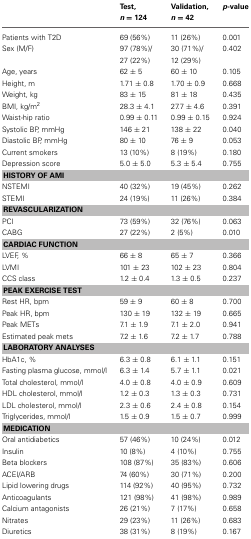
<table><thead><tr><td></td><td><b>Test, <i>n</i> = 124</b></td><td><b>Validation, <i>n</i> = 42</b></td><td><b><i>p</i>-value</b></td></tr></thead><tbody><tr><td>Patients with T2D</td><td>69 (56%)</td><td>11 (26%)</td><td>0.001</td></tr><tr><td>Sex (M/F)</td><td>97 (78%)/27 (22%)</td><td>30 (71%)/12 (29%)</td><td>0.402</td></tr><tr><td>Age, years</td><td>62 ± 5</td><td>60 ± 10</td><td>0.105</td></tr><tr><td>Height, m</td><td>1.71 ± 0.8</td><td>1.70 ± 0.9</td><td>0.668</td></tr><tr><td>Weight, kg</td><td>83 ± 15</td><td>81 ± 18</td><td>0.435</td></tr><tr><td>BMI, kg/m<sup>2</sup></td><td>28.3 ± 4.1</td><td>27.7 ± 4.6</td><td>0.391</td></tr><tr><td>Waist-hip ratio</td><td>0.99 ± 0.11</td><td>0.99 ± 0.15</td><td>0.924</td></tr><tr><td>Systolic BP, mmHg</td><td>146 ± 21</td><td>138 ± 22</td><td>0.040</td></tr><tr><td>Diastolic BP, mmHg</td><td>80 ± 10</td><td>76 ± 9</td><td>0.053</td></tr><tr><td>Current smokers</td><td>13 (10%)</td><td>8 (19%)</td><td>0.180</td></tr><tr><td>Depression score</td><td>5.0 ± 5.0</td><td>5.3 ± 5.4</td><td>0.755</td></tr><tr><td colspan="4"><b>HISTORY OF AMI</b></td></tr><tr><td>NSTEMI</td><td>40 (32%)</td><td>19 (45%)</td><td>0.262</td></tr><tr><td>STEMI</td><td>24 (19%)</td><td>11 (26%)</td><td>0.384</td></tr><tr><td colspan="4"><b>REVASCULARIZATION</b></td></tr><tr><td>PCI</td><td>73 (59%)</td><td>32 (76%)</td><td>0.063</td></tr><tr><td>CABG</td><td>27 (22%)</td><td>2 (5%)</td><td>0.010</td></tr><tr><td colspan="4"><b>CARDIAC FUNCTION</b></td></tr><tr><td>LVEF, %</td><td>66 ± 8</td><td>65 ± 7</td><td>0.366</td></tr><tr><td>LVMI</td><td>101 ± 23</td><td>102 ± 23</td><td>0.804</td></tr><tr><td>CCS class</td><td>1.2 ± 0.4</td><td>1.3 ± 0.5</td><td>0.237</td></tr><tr><td colspan="4"><b>PEAK EXERCISE TEST</b></td></tr><tr><td>Rest HR, bpm</td><td>59 ± 9</td><td>60 ± 8</td><td>0.700</td></tr><tr><td>Peak HR, bpm</td><td>130 ± 19</td><td>132 <i>±</i> 19</td><td>0.665</td></tr><tr><td>Peak METs</td><td>7.1 ± 1.9</td><td>7.1 ± 2.0</td><td>0.941</td></tr><tr><td>Estimated peak mets</td><td>7.2 ± 1.6</td><td>7.2 ± 1.7</td><td>0.788</td></tr><tr><td colspan="4"><b>LABORATORY ANALYSES</b></td></tr><tr><td>HbA1c, %</td><td>6.3 ± 0.8</td><td>6.1 ± 1.1</td><td>0.151</td></tr><tr><td>Fasting plasma glucose, mmol/l</td><td>6.3 ± 1.4</td><td>5.7 ± 1.1</td><td>0.021</td></tr><tr><td>Total cholesterol, mmol/l</td><td>4.0 ± 0.8</td><td>4.0 ± 0.9</td><td>0.609</td></tr><tr><td>HDL cholesterol, mmol/l</td><td>1.2 ± 0.3</td><td>1.3 ± 0.3</td><td>0.731</td></tr><tr><td>LDL cholesterol, mmol/l</td><td>2.3 ± 0.6</td><td>2.4 ± 0.8</td><td>0.154</td></tr><tr><td>Triglycerides, mmol/l</td><td>1.5 ± 0.9</td><td>1.5 ± 0.7</td><td>0.999</td></tr><tr><td colspan="4"><b>MEDICATION</b></td></tr><tr><td>Oral antidiabetics</td><td>57 (46%)</td><td>10 (24%)</td><td>0.012</td></tr><tr><td>Insulin</td><td>10 (8%)</td><td>4 (10%)</td><td>0.755</td></tr><tr><td>Beta blockers</td><td>108 (87%)</td><td>35 (83%)</td><td>0.606</td></tr><tr><td>ACEI/ARB</td><td>74 (60%)</td><td>30 (71%)</td><td>0.200</td></tr><tr><td>Lipid lowering drugs</td><td>114 (92%)</td><td>40 (95%)</td><td>0.732</td></tr><tr><td>Anticoagulants</td><td>121 (98%)</td><td>41 (98%)</td><td>0.989</td></tr><tr><td>Calcium antagonists</td><td>26 (21%)</td><td>7 (17%)</td><td>0.658</td></tr><tr><td>Nitrates</td><td>29 (23%)</td><td>11 (26%)</td><td>0.683</td></tr><tr><td>Diuretics</td><td>38 (31%)</td><td>8 (19%)</td><td>0.167</td></tr></tbody></table>